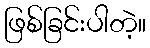
ဖြစ်ခြင်းပါတဲ့။